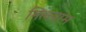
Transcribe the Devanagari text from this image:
मिलग्राम